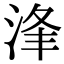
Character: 浲